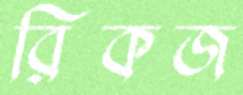
রিকজ